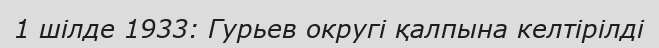
1 шілде 1933: Гурьев округі қалпына келтірілді